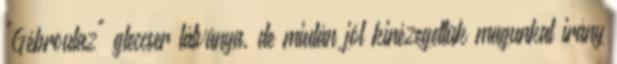
"Gébroulaz" gleccser látványa, de miután jól kinézegettük magunkat irány